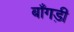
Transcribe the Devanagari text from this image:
बाँगड़ी